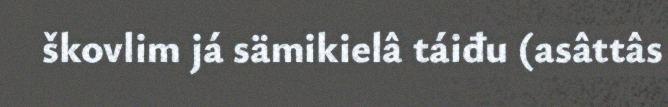
škovlim já sämikielâ táiđu (asâttâs